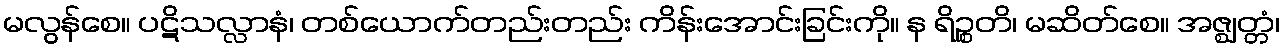
မလွန်စေ။ ပဋိသလ္လာနံ၊ တစ်ယောက်တည်းတည်း ကိန်းအောင်းခြင်းကို။ န ရိဉ္စတိ၊ မဆိတ်စေ။ အဇ္ဈတ္တံ၊